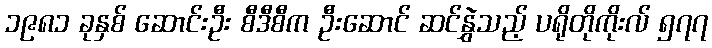
၁၉၈၁ ခုနှစ် ဆောင်းဦး စီဒီစီက ဦးဆောင် ဆင်နွှဲသည့် ပရိုတိုကိုးလ် ၅၇၇